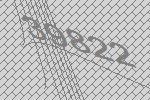
39822